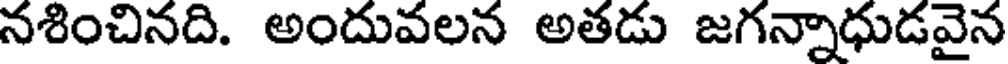
నశించినది. అందువలన అతడు జగన్నాధుడవైన